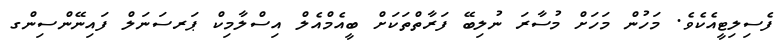
ފެސިލިޓީއެކެވެ. މަހުން މަހަށް މުސާރަ ނުލިބޭ ފަރާތްތަކަށް ބީއެމްއެލް އިސްލާމިކް ޕަރސަނަލް ފައިނޭންސިންގ